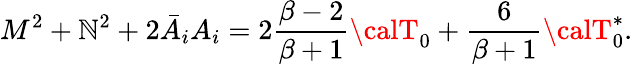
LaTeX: M^{2}+\mathbb{N}^{2}+2\bar{{A}}_{i}A_{i}=2{\frac{{\beta-2}}{{\beta+1}}}{\calT}_{0}+{\frac{{6}}{{\beta+1}}}{\calT}_{0}^{*}.